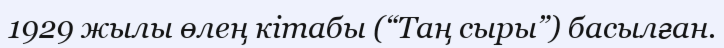
1929 жылы өлең кітабы (“Таң сыры”) басылған.